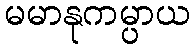
မမာနုကမ္ပာယ